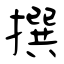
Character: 撰